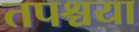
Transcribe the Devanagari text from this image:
तपश्चया